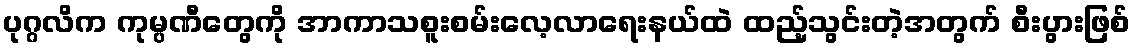
ပုဂ္ဂလိက ကုမ္ပဏီတွေကို အာကာသစူးစမ်းလေ့လာရေးနယ်ထဲ ထည့်သွင်းတဲ့အတွက် စီးပွားဖြစ်